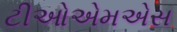
ટીઓએમએસ